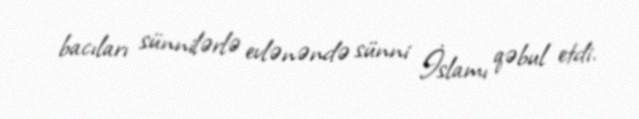
bacıları sünnilərlə evlənəndə sünni İslamı qəbul etdi.